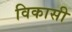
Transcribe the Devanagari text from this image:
विकासी